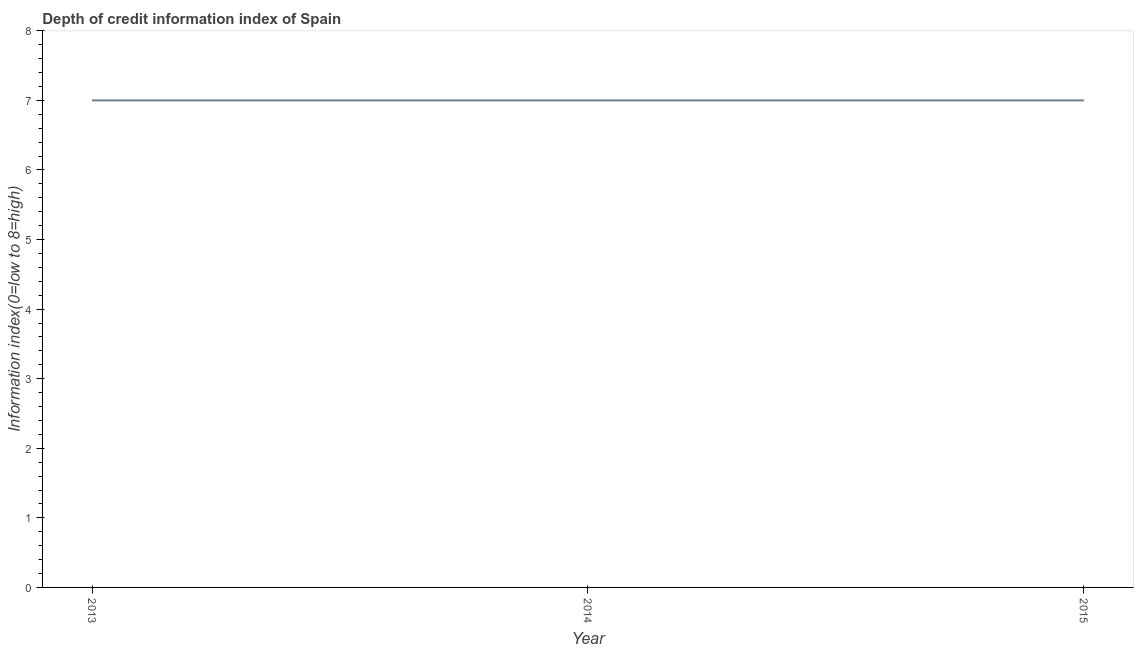
| Year | Depth of credit information index |
 | --- | --- |
 | 2013 | 7 |
 | 2014 | 7 |
 | 2015 | 7 |